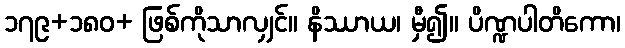
၁၇၉+၁၈၀+ ဖြစ်ကိုသာလျှင်။ နိဿာယ၊ မှီ၍။ ပိဏ္ဍပါတိကော၊